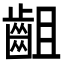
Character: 齟